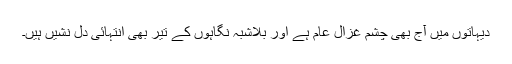
دیہاتوں میں آج بھی چشم غزال عام ہے اور بلاشبہ نگاہوں کے تیر بھی انتہائی دل نشیں ہیں۔